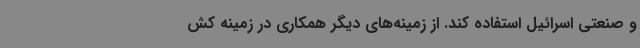
و صنعتی اسرائیل استفاده کند. از زمینه‌های دیگر همکاری در زمینه کش